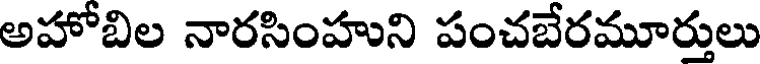
అహోబిల నారసింహుని పంచబేరమూర్తులు